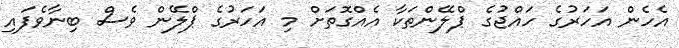
އެހެން އަހަރުގެ ހައްޖުގެ ޕްލޭންތަކާ އެއްގޮތަށް މި އަހަރުގެ ޕްލޭން ވެސް ބިނާވެފައި